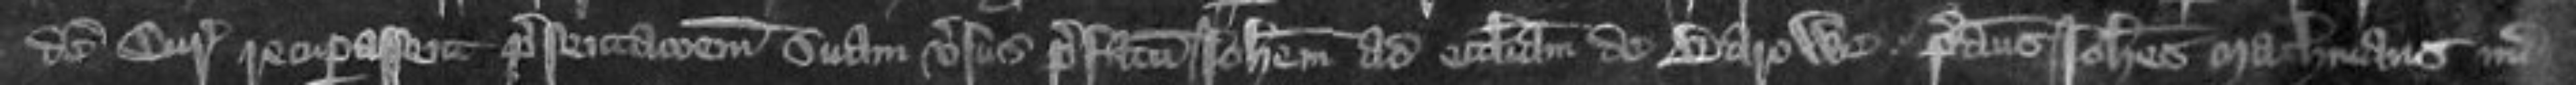
de Curia recuperasset presentationem suam versus prefatum Johannem ad ecclesiam de Barowe Predictus Johannes machinans iudicium